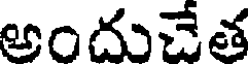
అందుచేత